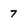
Character: 7